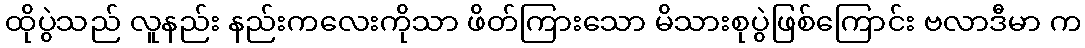
ထိုပွဲသည် လူနည်း နည်းကလေးကိုသာ ဖိတ်ကြားသော မိသားစုပွဲဖြစ်ကြောင်း ဗလာဒီမာ က